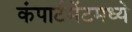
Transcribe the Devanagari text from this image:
कंपार्टमेंटमध्ये